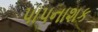
પાપનાશક